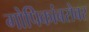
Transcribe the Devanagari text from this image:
गोपिकांबरोबर